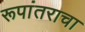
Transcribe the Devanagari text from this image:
रूपांतराचा